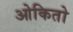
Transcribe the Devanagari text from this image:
ओकितो